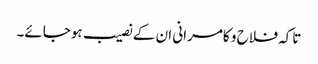
تاکہ فلاح و کامرانی ان کے نصیب ہوجائے۔